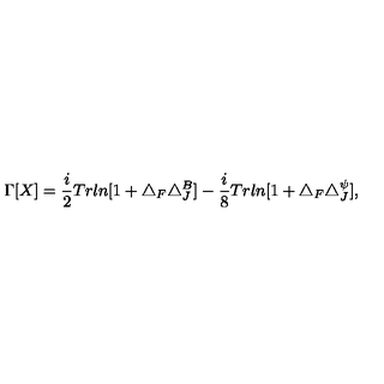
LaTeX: \Gamma [ X ] = \frac { i } { 2 } T r l n [ 1 + \triangle _ { F } \triangle _ { J } ^ { B } ] - \frac { i } { 8 } T r l n [ 1 + \triangle _ { F } \triangle _ { J } ^ { \psi } ] ,